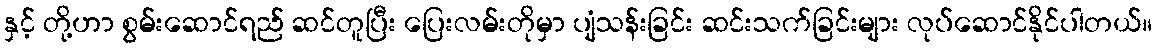
နှင့် တို့ဟာ စွမ်းဆောင်ရည် ဆင်တူပြီး ပြေးလမ်းတိုမှာ ပျံသန်းခြင်း ဆင်းသက်ခြင်းများ လုပ်ဆောင်နိုင်ပါတယ်။